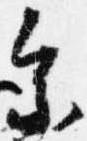
参